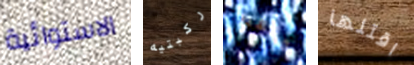
الاستوائية ركبتيه ملقط اقتلها